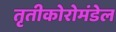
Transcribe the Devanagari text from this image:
तृतीकोरोमंडेल